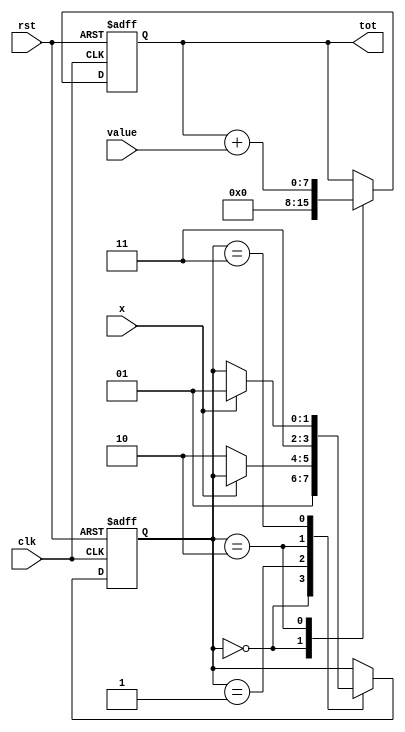
module maquinaEstAlgoritmica (clk, rst, x, value, tot);

	input clk, rst, x;
	input [7:0] value;
	output reg [7:0] tot;

	reg [1:0] state;
	parameter a = 2'd0, b = 2'd1, c = 2'd2, d = 2'd3;
	
	initial begin
		state <= a;
	end
	
	always @(negedge clk, negedge rst) begin
	
		if (rst == 1'b0) begin
			tot <= 8'd0;
			state <= a;
		end
		else begin
		
			case (state)
			
				a: begin 
						tot <= 8'd0;
						state <= b;
					end
				b: begin
						if (x== 1'b0) state <= c;
					end
				c: begin
						tot <= tot + value;
						state <= d;
					end
				d: begin
						if (x==1'b1) state <= b;
					end
			
			
			endcase
		
		end
	
	end
	
endmodule